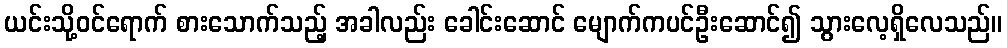
ယင်းသို့ဝင်ရောက် စားသောက်သည့် အခါလည်း ခေါင်းဆောင် မျောက်ကပင်ဦးဆောင်၍ သွားလေ့ရှိလေသည်။